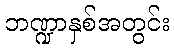
ဘဏ္ဍာနှစ်အတွင်း